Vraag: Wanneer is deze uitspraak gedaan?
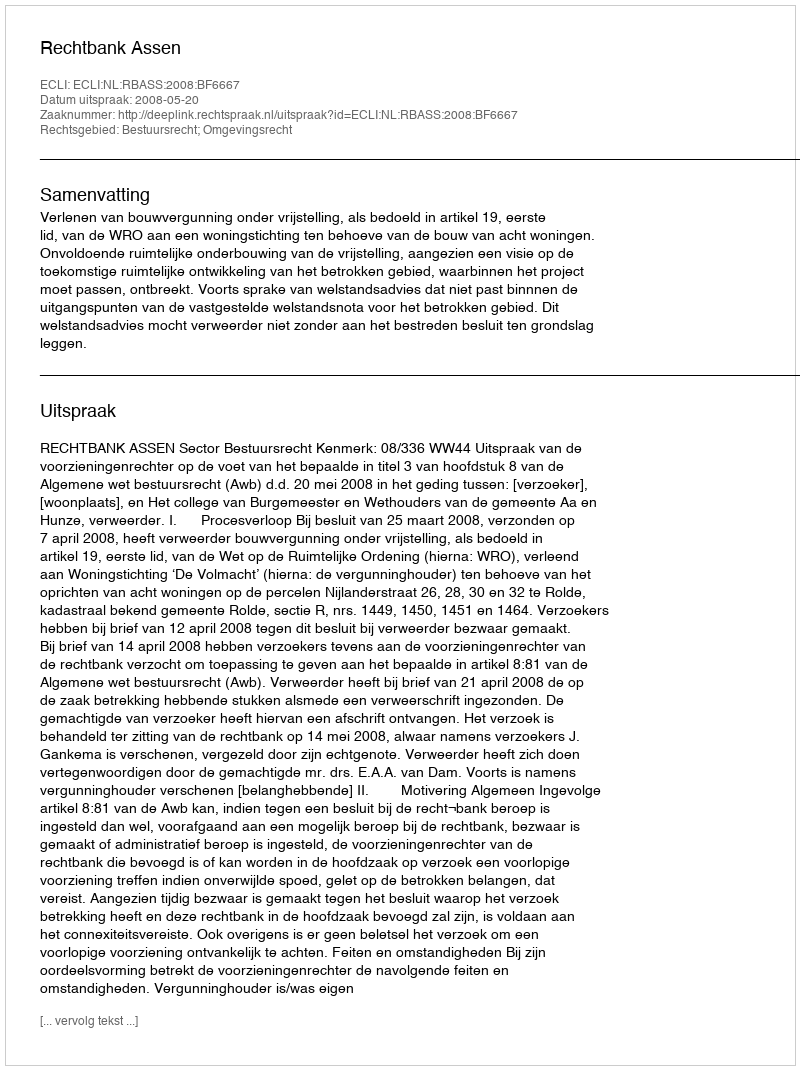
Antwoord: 2008-05-20